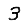
Digit: 3